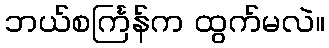
ဘယ်စင်္ကြန်က ထွက်မလဲ။